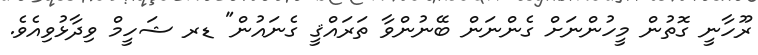
ރޫހާނީ ގޮތުން މީހުންނަށް ގެންނަން ބޭނުންވާ ތަރައްޤީ ގެނައުން" ޑރ ޝަހީމް ވިދާޅުވިއެވެ.